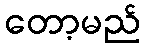
တော့မည်